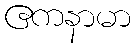
ဧကနာမာ